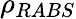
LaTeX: \rho_{RABS}